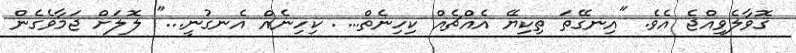
ގޮވާލެވިއްޖެ އެވެ. "އިނގޭތަ ތިކިޔޭ އެއްޗެއް ކިހިނެތް.... ކިހިނެއް އެނގުނީ..." ލޮލަށް ޖަމާވެގެން